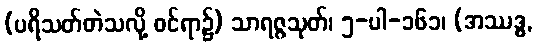
(ပရိသတ်တဲသလို့ ဝင်ရာ၌) သာရဇ္ဇသုတ်၊ ၅-ပါ-၁၆၁၊ (အဿဒ္ဓ,